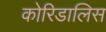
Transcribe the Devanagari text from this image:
कोरिडालिस